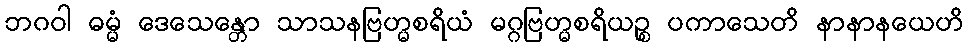
ဘဂဝါ ဓမ္မံ ဒေသေန္တော သာသနဗြဟ္မစရိယံ မဂ္ဂဗြဟ္မစရိယဉ္စ ပကာသေတိ နာနာနယေဟိ